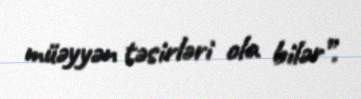
müəyyən təsirləri ola bilər”.